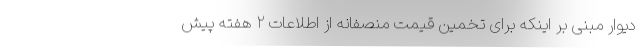
دیوار مبنی بر اینکه برای تخمین قیمت منصفانه از اطلاعات ۲ هفته پیش